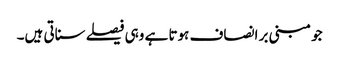
جو مبنی بر انصاف ہوتا ہے وہی فیصلے سناتی ہیں۔